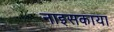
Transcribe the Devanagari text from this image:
नाइसकाया